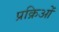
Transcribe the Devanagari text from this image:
प्रक्रिओं